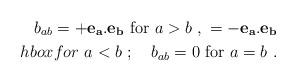
LaTeX: \begin{align*}b_{ab} = +{\bf e_a.e_b}\ \hbox{for}\ a> b\ , \ = -{\bf e_a.e_b}\\hbox{for}\ a< b\ ;\quad b_{ab} =0\ \hbox{for}\ a=b\ .\end{align*}